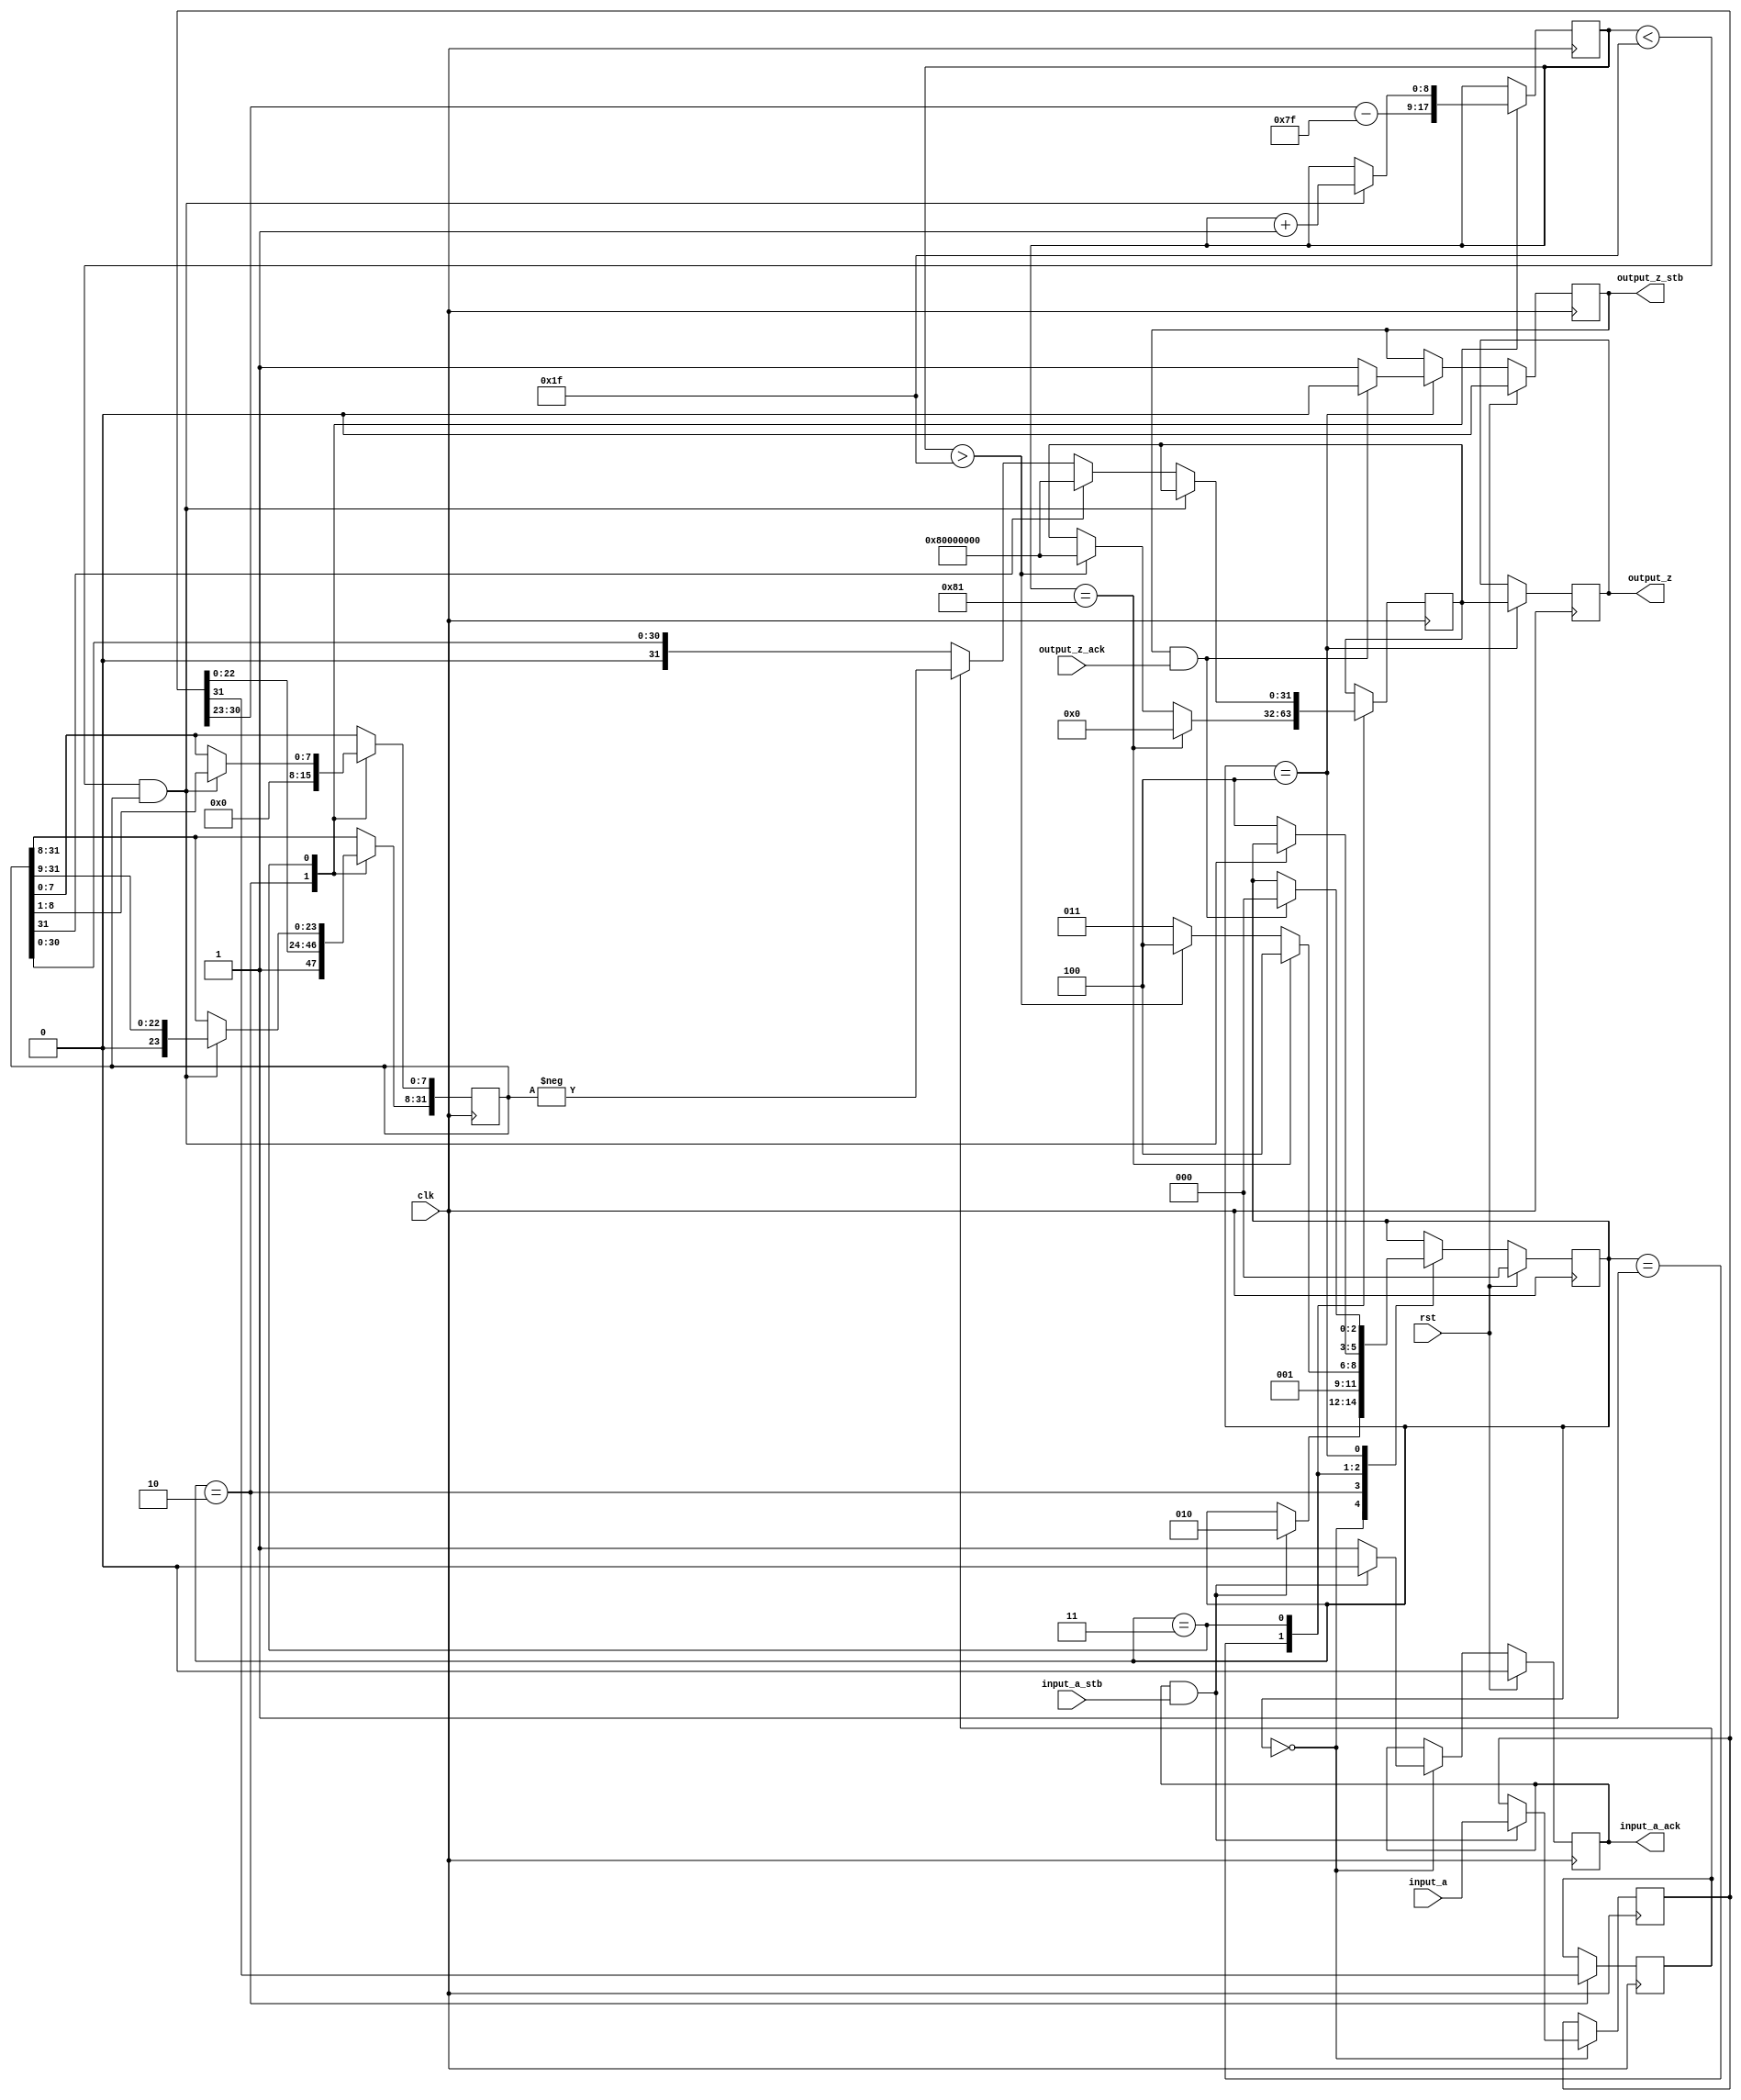
// This program was cloned from: https://github.com/dawsonjon/fpu
// License: MIT License

//IEEE Floating Point to Integer Converter (Single Precision)
//Copyright (C) Jonathan P Dawson 2013
//2013-12-12
module float_to_int(
        input_a,
        input_a_stb,
        output_z_ack,
        clk,
        rst,
        output_z,
        output_z_stb,
        input_a_ack);

  input     clk;
  input     rst;

  input     [31:0] input_a;
  input     input_a_stb;
  output    input_a_ack;

  output    [31:0] output_z;
  output    output_z_stb;
  input     output_z_ack;

  reg       s_output_z_stb;
  reg       [31:0] s_output_z;
  reg       s_input_a_ack;

  reg       [2:0] state;
  parameter get_a         = 3'd0,
            special_cases = 3'd1,
            unpack        = 3'd2,
            convert       = 3'd3,
            put_z         = 3'd4;

  reg [31:0] a_m, a, z;
  reg [8:0] a_e;
  reg a_s;

  always @(posedge clk)
  begin

    case(state)

      get_a:
      begin
        s_input_a_ack <= 1;
        if (s_input_a_ack && input_a_stb) begin
          a <= input_a;
          s_input_a_ack <= 0;
          state <= unpack;
        end
      end

      unpack:
      begin
        a_m[31:8] <= {1'b1, a[22 : 0]};
        a_m[7:0] <= 0;
        a_e <= a[30 : 23] - 127;
        a_s <= a[31];
        state <= special_cases;
      end

      special_cases:
      begin
        if ($signed(a_e) == -127) begin
          z <= 0;
          state <= put_z;
        end else if ($signed(a_e) > 31) begin
          z <= 32'h80000000;
          state <= put_z;
        end else begin
          state <= convert;
        end
      end

      convert:
      begin
        if ($signed(a_e) < 31 && a_m) begin
          a_e <= a_e + 1;
          a_m <= a_m >> 1;
        end else begin
          if (a_m[31]) begin
            z <= 32'h80000000;
          end else begin
            z <= a_s ? -a_m : a_m;
          end
          state <= put_z;
        end
      end

      put_z:
      begin
        s_output_z_stb <= 1;
        s_output_z <= z;
        if (s_output_z_stb && output_z_ack) begin
          s_output_z_stb <= 0;
          state <= get_a;
        end
      end

    endcase

    if (rst == 1) begin
      state <= get_a;
      s_input_a_ack <= 0;
      s_output_z_stb <= 0;
    end

  end
  assign input_a_ack = s_input_a_ack;
  assign output_z_stb = s_output_z_stb;
  assign output_z = s_output_z;

endmodule